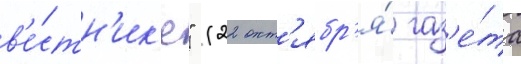
в'е́стн'ик'е" (22 окт'ябр'я́ газ'е́та